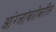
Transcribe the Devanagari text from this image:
आंग्लांबरोबरील